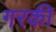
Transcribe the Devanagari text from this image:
गरकी